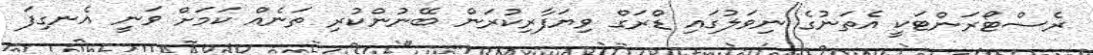
ރެސްޓޯރަންޓަކީ އެތަނުގެ ނިވަލުގައި ޑްރަގް ވިޔަފާރިކުރަން ބޭނުންކުރި ތަނެއް ކަމަށް ވަނީ އެނގިފަ